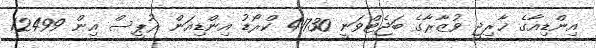
އިންޑިއާގެ ޚާރިޖީ ވުޒާރާގެ ބަޖެޓްވަނީ 41730 ކްރޯޑު އިންޑިއަން ރުޕީސް އިން 12499